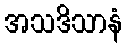
အသဒိသာနံ